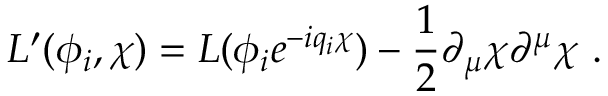
L ^ { \prime } ( \phi _ { i } , \chi ) = L ( \phi _ { i } e ^ { - i q _ { i } \chi } ) - \frac { 1 } { 2 } \partial _ { \mu } \chi \partial ^ { \mu } \chi \ .